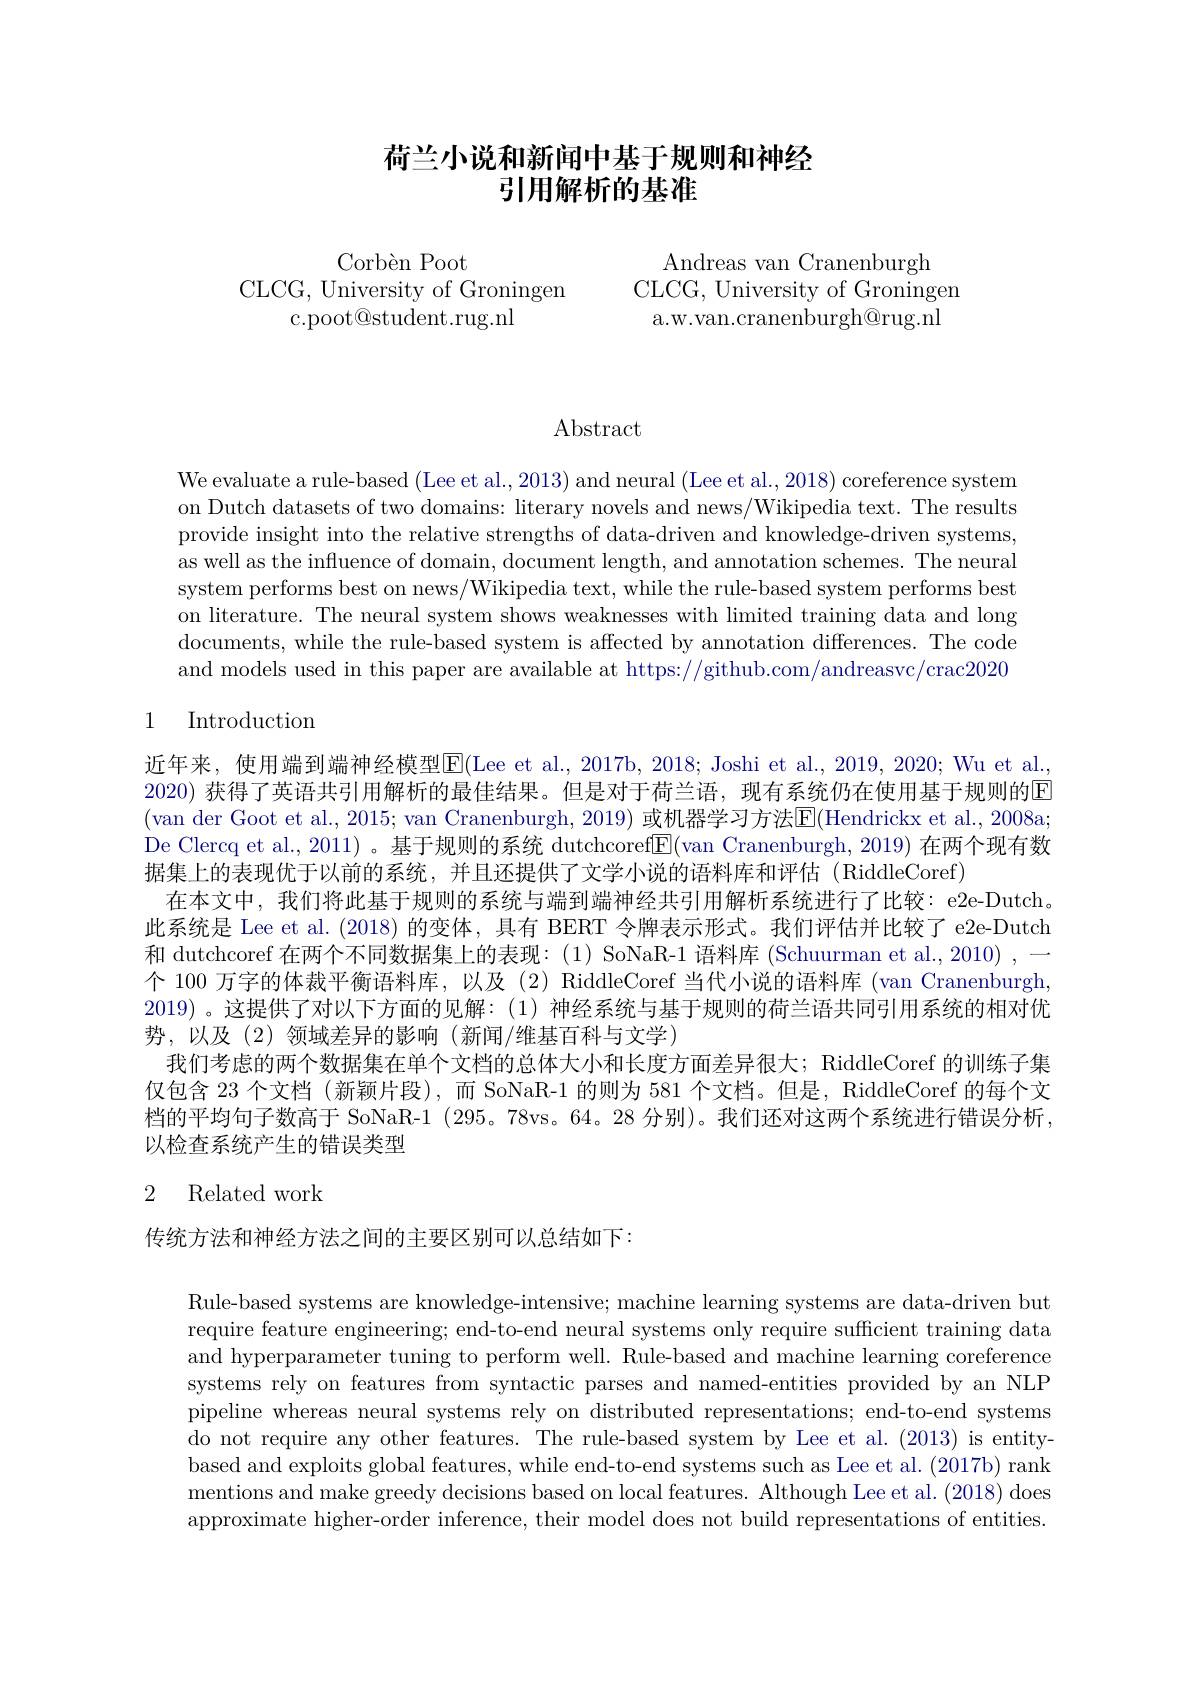
## 荷兰小说和新闻中基于规则和神经引用解析的基准

Corbèn Poot
CLCG, University of Groningen
c.poot@student.rug.nl

Andreas van Cranenburgh
CLCG, University of Groningen a.w.van.cranenburgh@rug.nl

Abstract

We evaluate a rule-based (Lee et al., 2013) and neural (Lee et al., 2018) coreference system on Dutch datasets of two domains: literary novels and news/Wikipedia text. The results provide insight into the relative strengths of data-driven and knowledge-driven systems, as well as the influence of domain, document length, and annotation schemes. The neural system performs best on news/Wikipedia text, while the rule-based system performs best on literature. The neural system shows weaknesses with limited training data and long documents, while the rule-based system is affected by annotation differences. The code and models used in this paper are available at https://github.com/andreasvc/crac2020

# 1 Introduction

近年来，使用端到端神经模型$\boxed{\mathrm{E}}($Lee et al., 2017b, 2018; Joshi et al., 2019, 2020; Wu et al. 2020) 获得了英语共引用解析的最佳结果。但是对于荷兰语，现有系统仍在使用基于规则的国(van der Goot et al., 2015; van Cranenburgh, 2019) 或机器学习方法$\overline{\mathrm{E}}($Hendrickx et al., 2008a; De Clercq et al., 2011) 。基于规则的系统 dutchcoref$\underline{\mathrm{E}}($van Cranenburgh, 2019) 在两个现有数据集上的表现优于以前的系统，并且还提供了文学小说的语料库和评估 (RiddleCoref)
在本文中，我们将此基于规则的系统与端到端神经共引用解析系统进行了比较：e2e-Dutch。此系统是 Lee et al. (2018)的变体，具有 BERT 令牌表示形式。我们评估并比较了 e2e-Dutch 和 dutchcoref 在两个不同数据集上的表现：(1) SoNaR-1 语料库 (Schuurman et al., 2010) , 个 100 万字的体裁平衡语料库，以及 (2) RiddleCoref 当代小说的语料库 (van Cranenburgh, 2019) 。这提供了对以下方面的见解：(1)神经系统与基于规则的荷兰语共同引用系统的相对优势，以及(2)领域差异的影响(新闻/维基百科与文学)
我们考虑的两个数据集在单个文档的总体大小和长度方面差异很大；RiddleCoref 的训练子集仅包含 23 个文档 (新颖片段),而 SoNaR-1 的则为 581 个文档。但是，RiddleCoref 的每个文档的平均句子数高于 SoNaR-1 (295。78vs。64。28 分别)。我们还对这两个系统进行错误分析， 以检查系统产生的错误类型

## 2 Related work

传统方法和神经方法之间的主要区别可以总结如下：

Rule-based systems are knowledge-intensive; machine learning systems are data-driven but require feature engineering; end-to-end neural systems only require sufficient training data and hyperparameter tuning to perform well. Rule-based and machine learning coreference systems rely on features from syntactic parses and named-entities provided by an NLP pipeline whereas neural systems rely on distributed representations; end-to-end systems do not require any other features. The rule-based system by Lee et al. (2013) is entitybased and exploits global features, while end-to-end systems such as Lee et al. (2017b) rank mentions and make greedy decisions based on local features. Although Lee et al. (2018) does approximate higher-order inference, their model does not build representations of entities.